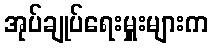
အုပ်ချုပ်ရေးမှူးများက